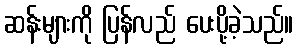
ဆန်းများကို ပြန်လည် ပေးပို့ခဲ့သည်။